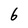
Character: 6